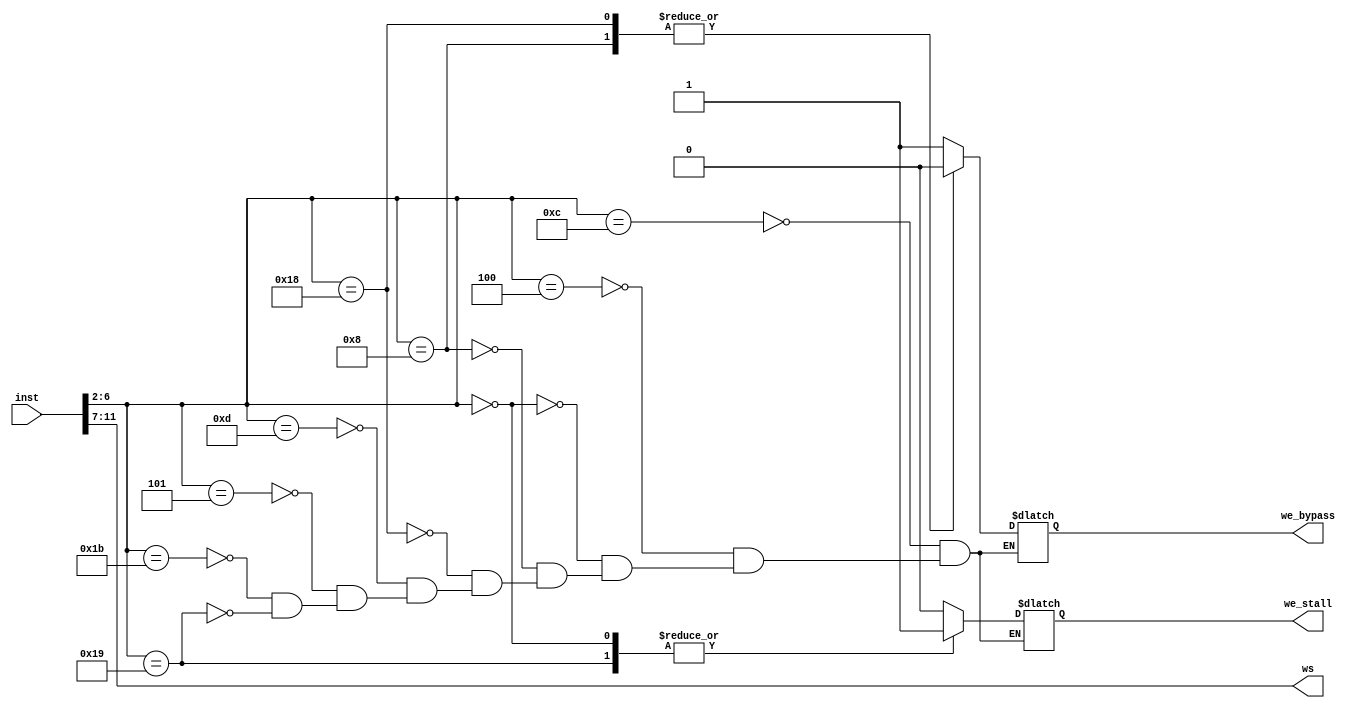
`timescale 1ns / 1ps
//////////////////////////////////////////////////////////////////////////////////
// Company: 
// Engineer: 
// 
// Design Name: 
// Module Name: w
// Project Name: 
// Target Devices: 
// Tool Versions: 
// Description: 
// 
// Dependencies: 
// 
// Revision:
// Revision 0.01 - File Created
// Additional Comments:
// 
//////////////////////////////////////////////////////////////////////////////////


module w(
    inst,
    we_bypass,
    we_stall,
    ws
    );
input [31:0] inst;
output reg we_bypass, we_stall;
output reg [4:0] ws;

parameter R_TYPE = 5'b01100;
parameter B_TYPE = 5'b11000;
parameter I_CAL = 5'b00100;
parameter I_LOAD = 5'b00000;
parameter S_TYPE = 5'b01000;
parameter LUI_TYPE = 5'b01101;
parameter AUIPC_TYPE = 5'b00101;
parameter JAL_TYPE = 5'b11011;
parameter JALR_TYPE = 5'b11001;

initial begin
    we_stall = 1'b0;
    we_bypass = 1'b0;
end

always @(*)
begin
    case (inst[6:2])
    R_TYPE: we_bypass = 1'b1; 
    I_CAL:  we_bypass = 1'b1;
    I_LOAD: we_bypass = 1'b1;
    S_TYPE: we_bypass = 1'b0;
    B_TYPE: we_bypass = 1'b0;
    LUI_TYPE: we_bypass = 1'b1; // Not sure
    AUIPC_TYPE: we_bypass = 1'b1; // Not sure
    JAL_TYPE: we_bypass = 1'b1;
    JALR_TYPE: we_bypass = 1'b1; // ???
    endcase
end

always @(*)
begin
    case (inst[6:2])
    R_TYPE: we_stall = 1'b0; 
    I_CAL:  we_stall = 1'b0;
    I_LOAD: we_stall = 1'b1;
    S_TYPE: we_stall = 1'b0;
    B_TYPE: we_stall = 1'b0;
    LUI_TYPE: we_stall = 1'b0; // Not sure
    AUIPC_TYPE: we_stall = 1'b0; // Not sure
    JAL_TYPE: we_stall = 1'b0; 
    JALR_TYPE: we_stall = 1'b1;// ???
    endcase
end

always @(*)
begin
    ws = inst[11:7];
end
endmodule